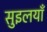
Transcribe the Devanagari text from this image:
सुइलयाँ